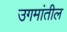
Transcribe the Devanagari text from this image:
उगमांतील